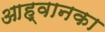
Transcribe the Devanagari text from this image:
आह्वानका